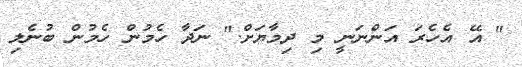
" އޭ އެހެރަ އަންނަނީ މި ދިމާޔަށް." ނަދާ ހެމުން ހެމުން ބުނެލި